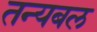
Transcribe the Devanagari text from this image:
तन्यबल